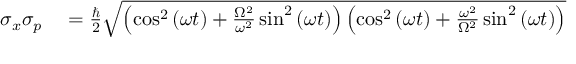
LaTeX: \begin{array} { r l } { \sigma _ { x } \sigma _ { p } } & { { } = { \frac { \hbar } { 2 } } { \sqrt { \left( \cos ^ { 2 } { ( \omega t ) } + { \frac { \Omega ^ { 2 } } { \omega ^ { 2 } } } \sin ^ { 2 } { ( \omega t ) } \right) \left( \cos ^ { 2 } { ( \omega t ) } + { \frac { \omega ^ { 2 } } { \Omega ^ { 2 } } } \sin ^ { 2 } { ( \omega t ) } \right) } } } \end{array}